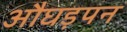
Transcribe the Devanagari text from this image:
औघड़पन